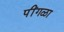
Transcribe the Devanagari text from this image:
पींगळा